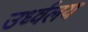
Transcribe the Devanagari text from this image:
उर्ध्वलय